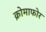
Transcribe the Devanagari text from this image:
क्रोमाफोर